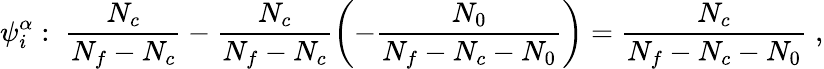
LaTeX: \psi_{i}^{\alpha}:\; \frac{N_{c}}{N_{f}-N_{c}}-\frac{N_{c}}{N_{f}-N_{c}}\left(-\frac{N_{0}}{N_{f}-N_{c}-N_{0}}\right)=\frac{N_{c}}{N_{f}-N_{c}-N_{0}}\; ,